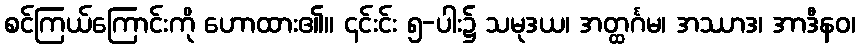
စင်ကြယ်ကြောင်းကို ဟောထား၏။ ၎င်းင်း ၅-ပါး၌ သမုဒယ၊ အတ္ထင်္ဂမ၊ အဿာဒ၊ အာဒီနဝ၊